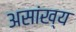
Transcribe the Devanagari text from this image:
असांख्य